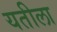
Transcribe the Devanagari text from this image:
यतीला